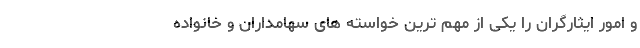
و امور ایثارگران را یکی از مهم ترین خواسته های سهامداران و خانواده